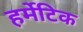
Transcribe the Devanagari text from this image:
हर्मेटिक